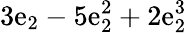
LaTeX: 3\mathrm{e}_{2}-5\mathrm{e}_{2}^{2}+2\mathrm{e}_{2}^{3}